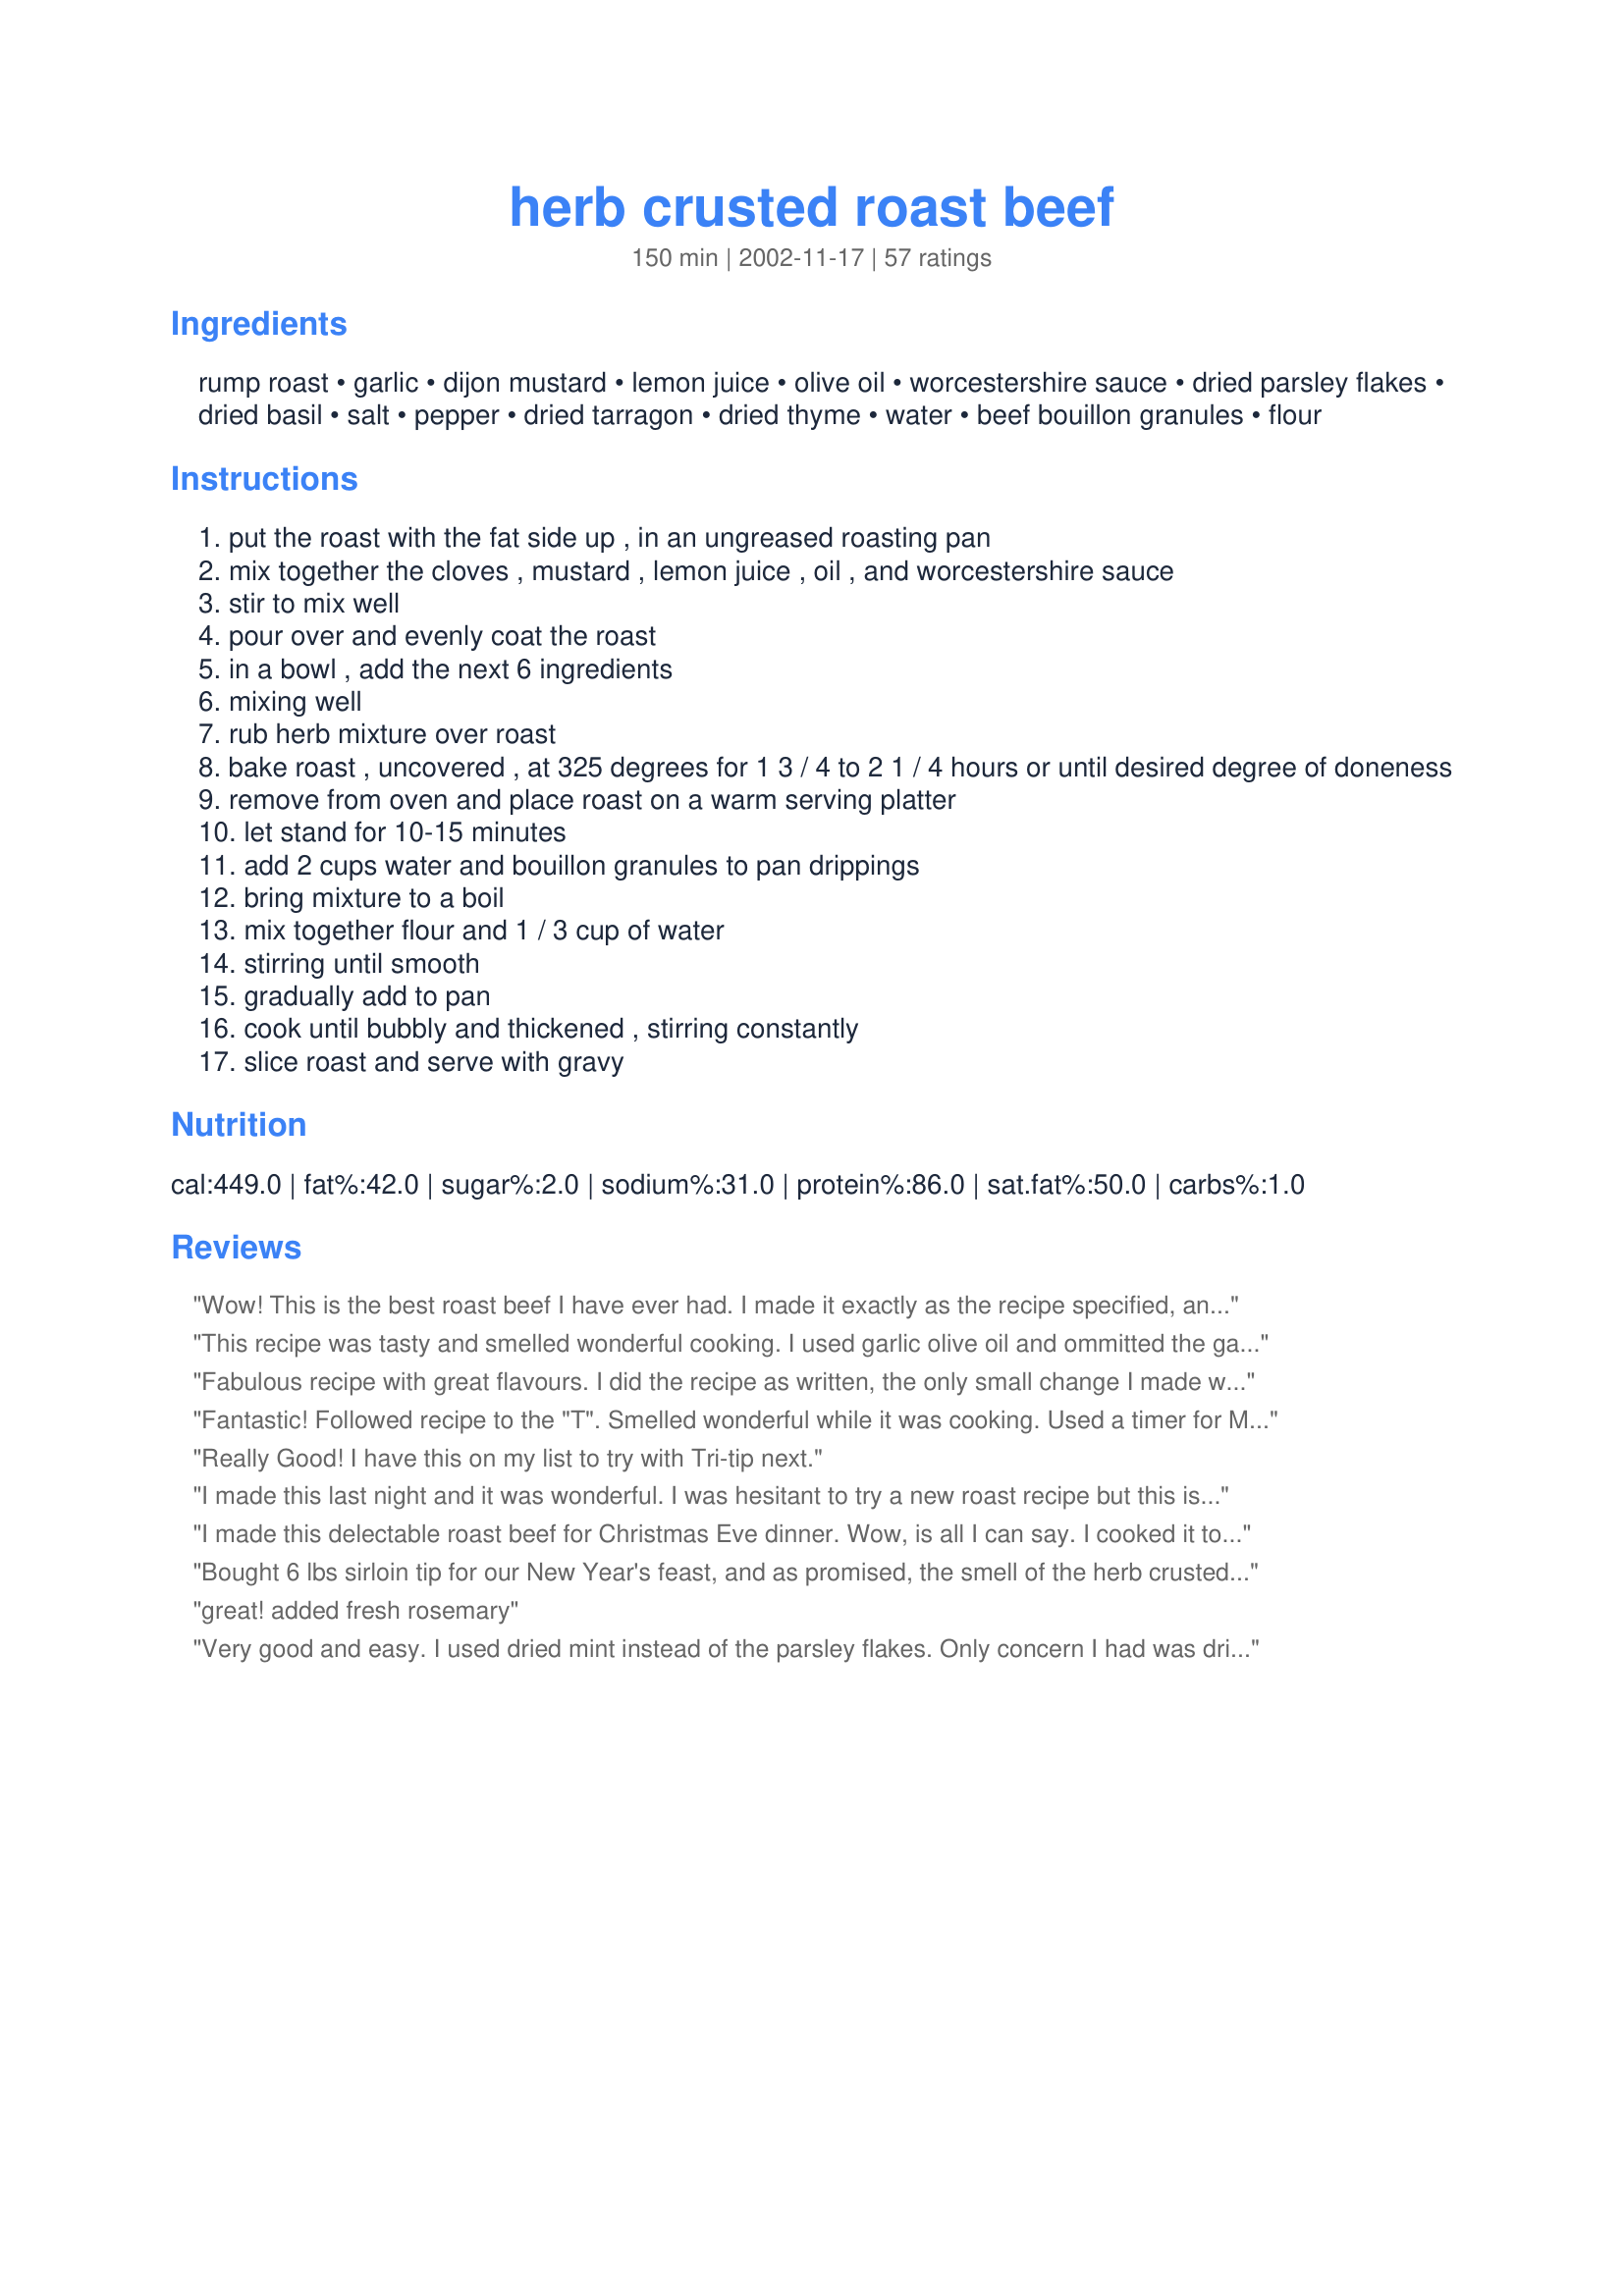
herb crusted roast beef
Preparation time: 150 minutes

Ingredients:
rump roast, garlic, dijon mustard, lemon juice, olive oil, worcestershire sauce, dried parsley flakes, dried basil, salt, pepper, dried tarragon, dried thyme, water, beef bouillon granules, flour

Steps:
put the roast with the fat side up , in an ungreased roasting pan
mix together the cloves , mustard , lemon juice , oil , and worcestershire sauce
stir to mix well
pour over and evenly coat the roast
in a bowl , add the next 6 ingredients
mixing well
rub herb mixture over roast
bake roast , uncovered , at 325 degrees for 1 3 / 4 to 2 1 / 4 hours or until desired degree of doneness
remove from oven and place roast on a warm serving platter
let stand for 10-15 minutes
add 2 cups water and bouillon granules to pan drippings
bring mixture to a boil
mix together flour and 1 / 3 cup of water
stirring until smooth
gradually add to pan
cook until bubbly and thickened , stirring constantly
slice roast and serve with gravy

Reviews:
Wow! This is the best roast beef I have ever had. I made it exactly as the recipe specified, and thought it was perfect. The smell while this was cooking was amazing! I used the leftovers to make Recipe #28799. Thanks for the great recipe!
This recipe was tasty and smelled wonderful cooking. I used garlic olive oil and ommitted the garlic cloves. Like other reviewers, we too found the lemon/mustard too tangy. Next time I make this I personally would reduce or omit the lemon juice. Loved the herb rub though! Thanks for posting!
Fabulous recipe with great flavours. I did the recipe as written, the only small change I made was used Bisto gravy mix in place of the beef granules & flour. The roast was tasty & the gravy was scumptious, thanks so much for sharing.
Fantastic! Followed recipe to the "T". Smelled wonderful while it was cooking. Used a timer for Medium doneness 160. Next time I will remove roast at 150. Gravy was very good also. Will be making this again. Thanks NurseDi.
Really Good! I have this on my list to try with Tri-tip next.
I made this last night and it was wonderful. I was hesitant to try a new roast recipe but this is the one I will be making for now on. Thank you
I made this delectable roast beef for Christmas Eve dinner. Wow, is all I can say. I cooked it to a nice medium-rare. The meat was so tender and the seasonings made the most scrumptious gravy I have ever tasted. My family and I are so greatful for this recipe. Will be used many more times in the future. Thanks.
Bought 6 lbs sirloin tip for our New Year's feast, and as promised, the smell of the herb crusted roast beast cooking nearly drove us crazy. 
The only thing I added was to sliver 4 large cloves of garlic and insert them in various spots, and after dressing it as you suggested, placed the meat on a bed of sliced sweet onions. This produced a tender, flavorful meat and a knockout gravy.
Many thanks, Di, will definitely make again, we're still enjoying the leftovers!!
great! added fresh rosemary
Very good and easy. I used dried mint instead of the parsley flakes. Only concern I had was drippings burning; I added a bit of water after 45 minutes or so to keep them moist.
EXCELLENT! Though my husband prefers everything to stay 'basic' forever in a day, I like a change and this did the trick! DH loved it! The roast was tender & tasty! I paired it with salad, cauliflower, broccoli & mashed potatoes. It won rave reviews - so thank you for a marvelous dinner!!
Truly wonderful. I used a smaller roast, but kept the rest of the amounts the same. Divine smelling, visually appealing, and also delicious. 5 stars without a doubt!
Best Roast Beef Ever!!!
What a perfect way to use an inexpensive cut of beef! I used a cheap, lean round rump roast and followed the recipe except for substituting minced fresh herbs for the dried (using larger quantity than listed). The liquid did dry on the bottom of the pan as it cooked, but when I added water it deglazed, and I was able to make the gravy. Next time, though, I think I'll add a little water, and rest the roast on some onions in the pan. I took the roast out at 148 degrees, and it was nice and pink when I sliced it, but by the time I photographed and served it, it lost most of the pink, so I'll take it out at 144 or so next time. Everyone just raved about how delicious it was, and the aroma in the house was amazing.
This was wonderful! I placed the roast on a bed of sliced onions to add to the flavor of the gravy and added a little bit of red wine! The roast was so tender, and the gravy --- the best!!! Highly recommend this one!
I made this amazing recipe the other night for my family. The tantalizing smell nearly drove us crazy as we waited for the roast to cook! This is the only way I will prepare roast beef from now on! I used fresh herbs instead of dry and I used a bone in ribeye roast-AMAZING!!! YUMMMMM!! :)
Michele
I made this with a two 2.5 lb. rump roasts and doubled the sauce and rub. What a WONDERFUL meal. I cooked it to 145 degrees and it came out pink and juicy! Definately a keeper.
Excellent recipe. The smell while the roast was cooking was incredible and the taste did not disappoint. I served this to company who stayed late and picked at the leftovers til there were no leftovers.
This roast was fantastic! My 11 year old son, halfway through his plate, announced, "You should make this again some time." We all agreed that it was a big-time keeper! I may not cook mine as long next time or will put a little water in the pan just to keep it a bit more moist, but the flavor was great. I added rosemary to mine (after reading a review that also used it) and used a stone ground Dijon mustard. For the gravy I scraped off some of the crust, added Worcestershire (since a lot of my drippings burnt to the pan), and used cornstarch to thicken it -- I just don't like the flavor flour adds.
I have made this about 5 times now, and it's amazing. It' way better than crock pot recipes. I used a 2.5 pound rump roast and cooked it for an hour and fifty minutes and it was perfect. Thanks for the great recipe!
This was delicious!!!! My husband raved about how taste this beef and sauce was. This will be a staple here. Thanks for sharing.
This was insanely delicious. I'm a recent convert to Dijon mustard in cooking. The combination of flavors that the spices give the gravy was amazing. The juices all dried to the bottom of the pan but with the addition of water and the bouillon it perked right back up into the MOST DELICIOUS gravy I've ever made.
Loved the rub on the roast beef, but I and Hubby did not care for the lemony taste it gave to the gravy. I used a sirloin tip roast and it was very tender. I would definitely make this again and leave out or lessen the amount of lemon juice. Thanks, Di.
I made this last night with a 3lb rump roast, so I cut the ingredients in half. I must say this is delicious. The spices complement each other nicely and the dijon gives it a little kick. I threw in some potatoes, green onions and carrots and had a full meal. FiancÃ© loved it. Thank you for another great recipe.
What a surprise to see my own recipe here! It was a winner in a 1998 issue of Taste of Home. To see so many wonderful reviews is truly a honor. Creating recipes is my passion, and knowing so many enjoy it is the best feeling in the world. Thank you for all the wonderful comments.<br/><br/>Teri
This roast is divine. Although I was also kind of worried about the mustard, I followed the recipe exactly and the result was perfect and no weird mustard flavor. I had no problems with losing liquid in the pan - everything was just right - my only problem was that I overcooked the meat - better luck next time, and there will definitely be a next time. The gravy is to-die-for, a must over mashed potatoes. This meal is rich and flavorful, but stops short of being "too" rich. Wonderful, I would serve it any time to company!
Although I only had a cheap blade roast to try this recipe on, it came out tasting like a million bucks and the GRAVY was to DIE FOR!!!! I followed the recipe exactly, except omitted the tarragon (didn't have any) and halved the pepper (didn't want it too spicy for the kids). The only thing I found was it was perhaps a tad salty and may reduce that slightly (1 1/2 tsp) but even still, my hubby raved all night, he thought it was perfect!
This recipe is AWESOME. I made it for my Christmas Eve dinner along with fresh green beans, candied carrots, and garlic mashed potatos. It made my house smell wonderful and my husband was in my kitchen salivating while it was cooking!
I made this a while ago so I cant quite remember what it was like but as far as I remember it was good but not great. I wont Rate it just to be safe
great stuff i used savory and omitted the parsley with a touch of oregano when it was 2/3 done
This roast was delicious. I had two smaller rump roasts in the freezer, so I cooked both together in my large LeCreuset roasting pan. There was plenty of both the marinad and the rub to cover both roasts. I have a convection oven, so I roasted at 325 but they were done in an hour and a half. Actually, I sort of blew it on temperature. I am so paranoid of underdoing my roasts (as I've had problems with this in the past) and I should have taken it out sooner, so it was not quite as pink as we like our meat by the time I let it rest and then sliced it. Nevertheless, it was moist and tender. The gravy was wonderul! I thought about adjusting the amount of lemon based on one of the previous reviews, but I didn't and we liked it just fine. Thanks for a great new roast recipe.
This was so easy and the results were fantastic, even though I didn't have any lemon juice! My husband really enjoyed it. Thanks for a great recipe!
MMMMMM! I know I shouldn't talk with my mouth full, but I just HAD to rush to my computer to RAVE about this roast! It was so flavorful and tender! I felt like such a little chef serving it although it wasn't difficult at all to make! Thanks for the recipe!
This is an excellent roast beef. It really is easy to prepare, yet looks and tastes as though a lot of work went into it. I'd definitely serve this to company, as it has a definite elegance about it because of the herb crust. I followed the directions as posted and wouldn't change a thing. We didn't find it too lemony and the "skin" was the best part. The gravy was great too. My whole family enjoyed this and are looking forward to me making it again. Thanks for sharing this keeper.
Wonderful!! My husband told me he wanted a roast where the meat just fell apart. He said, "you know the way it pulls apart in tender strands". Until today, I have never been able to get a roast to do that, no matter how slow or long I cooked it. This recipe turned out perfectly!! The only thing I did differently is that I browned the roast before beginning the roasting process. I did not have any tarragon, so I substituted with marjoram, which seemed to work out great. Thanks for the wonderful recipe!!!
made this last night for a dinner party. was so simple and very delicious. the gravy was outstanding, the flavors really came out. i used cornstarch to thicken my gravy as we had a guest with gluten allergy. all my guests raved about this, so this is defintely a keeper. next time, i may use tenderloin and a meat thermometer(which i did for this also and it turned out perfectly)
I followed your recipe exactly and had no problems. I cooked the beef to a nice medium rare (145 degrees) and found that it was a tough. The flavor was great, but next time I will try using a nicer and more tender cut of beef for this recipe than a rump roast. It also makes great sandwiches the next day.
This is going to be our standard special occasion roast beef from now on. This was so good that words can't begin to describe it. The herb rub can't be beat. Made lots of delicious gravy too, for our mashed potatoes. Very easy but it tastes like you spent many hours in the kitchen. Classy and elegant. Thanks.
Where is the beef? Haven't made a roast in many a day and all the positive reviews gave me courage to try this recipe. This recipe is marvelous. I cooked it just as directed and it came out perfectly. If you've been missing the beef - give this recipe a try!
We loved this! I made a mini-roast (not sure what cut I had, but it was only 2 or 3 pounds) - just used a meat thermometer and watched it till medium. We enjoyed the blend of flavors, and although there seems to be a lot of ingredients at first glance, it took hardly any time to throw together. I'll be making this again for sure (probably next time we have company!). Thanks for sharing!!
Absolutely delicious. I think this is my first roast that was not too dry. I found the gravy a little tangy so would probably put a little less lemon or Dijon next time. Otherwise fantastic!
Fantastic recipe!

I didn't have any Dijon mustard so I used Brown/Spicy mustard.. Turned out great! Thanks for posting this recipe. It's a keeper!
This was pretty tasty. I used the mustard sauce and the spices, but I made it my own. I added water to it while it was baking so it wouldn't dry out. I also added carrots and onions for the last hour it was baking. I didn't have a roaster, so I used my Dutch oven.
This was the most superb roast beef I have ever cooked. I cooked it to medium rare and used the gravy for mashed potatoes. The combination of herbs and mustard used on this roast created a sublime aroma throughout my whole house as it cooked...and the taste was to die for. I've never been able to cook a decent roast until now. This will be the roast beef recipe that I use from now on. Thanks NurseDi for another wonderful recipe!
Great flavor on the rub and it made an excellent gravy! I cooked to a high med. rare and let it sit to a med., using a thermometer. Served with mashed potatoes and corn. Yum. I'm going to play with some different cuts of meat - the rump I got wasn't very good.
Did it exactly like you said and it came out great. Thanks, I've made it twice now!!!
This roast turned out very good. I served it with roasted potatoes and veggies. Its an easy way to prepare roast. Thanks for sharing.
A well flavoured tender moist roast beef. It made for some great beef & coleslaw sandwiches next day :) Another 'keeper' for me.
Absolutely agree that the lemon is way too much, wasn't too bad for my first attempt, although I couldn't "rub" the herbs on as the mustard mixture formed a very thick layer on the meat, so I just "sprinkled" and it worked fine.
Made this with a 3lb chuck roast, but did not reduce the other ingredients. Put it on a bed of onions. Took about 2 hours to cook until internal temp was145F which was between medium rare and medium. It came out perfectly. The roast and the onions were delicious. Thanks.
This was so good... I have never made a roast beef before... i used a bottom round roast... and did some other research on how to cook it. I took it out the fridge and left it on the counter for a hour so it could be room temp. Than rubbed it. I cooked it at 450 for 10 mins and it got a little crust out the outside than turned it down to 300 and cooked till the thermometer read 145.. i had a 2.75lb bottom round roast... let it sit 15 mins and sliced it thin... didnt even need the gravey... Awsome
This turned out GREAT! I've always cooked roast in a crockpot and wanted to try something different for Christmas Eve. Everyone raved about it and the gravy was exceptional! Thanks for posting this awesome recipe!
I made this for Christmas dinner. I was a hit! I put roasted root veggies around the roast for the second hour of the cooking. This created DELICIOUS roasted vegetables but left barely any drippings for the gravy. If you're not a gravy fan I recommend doing this!! I also put cloves of garlic in the meat. Other than that I followed the recipe exactly. The leftovers are going to make great roast beef sandwiches! Thank you!!!
I made this for Christmas dinner. Great roast! Perfect with mashed potatoes. Everyone loved it. Thanks so much!
I made this with a top round roast and it turned out beautifully. The leftovers were even better...the garlic flavor really penetrated the meat! I am not really a meat eater, but I have to admit I ate seconds after serving myself an initial small piece "just to taste." Thank you for a great meal!
So Delish! I actually cooked mine a little longer because I like mine medium-well. It was terrific and the gravy I made from it was outstanding! Everyone in my family ate until they couldn't move!! :)
As the other reviewers said, this roast smells heavenly! I used a smaller, 1 kg roast, and cooked it to 145 degrees. I like my roast medium rare, but I still found that to bee too rare. I think I will wait until it hits around 160 next time. I will also fiddle with the gravy ingredients next time, as I found the mustard flavour to be a bit overpowering. But overall, it was a great roast - just needs some tinkering!
